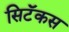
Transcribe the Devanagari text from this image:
सिटॅकस